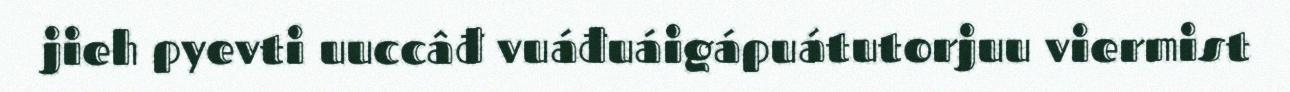
jieh pyevti uuccâđ vuáđuáigápuátutorjuu viermist